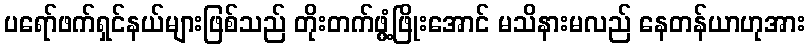
ပရော်ဖက်ရှင်နယ်များဖြစ်သည် တိုးတက်ဖွံ့ဖြိုးအောင် မသိနားမလည် နေတန်ယာဟုအား